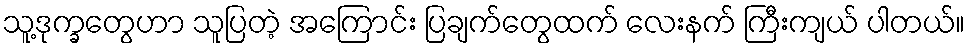
သူ့ဒုက္ခတွေဟာ သူပြတဲ့ အကြောင်း ပြချက်တွေထက် လေးနက် ကြီးကျယ် ပါတယ်။